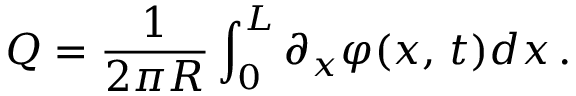
Q = \frac { 1 } { 2 \pi R } \int _ { 0 } ^ { L } \partial _ { x } \varphi ( x , \, t ) d x \, .